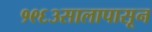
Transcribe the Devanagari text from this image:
१९६३सालापासून